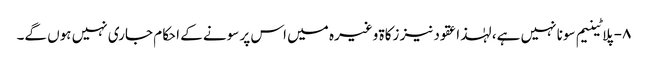
۸- پلاٹینیم سونا نہیں ہے، لہٰذا عقود نیز زکاۃ وغیرہ میں اس پر سونے کے احکام جاری نہیں ہوں گے۔